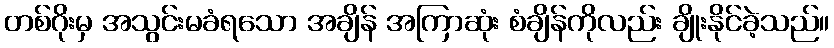
တစ်ဂိုးမှ အသွင်းမခံရသော အချိန် အကြာဆုံး စံချိန်ကိုလည်း ချိုးနိုင်ခဲ့သည်။